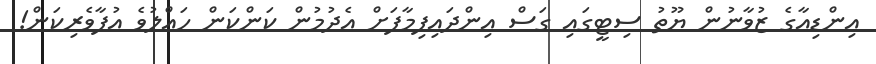
އިންޑިއާގެ ޒުވާނުން ޔޫތު ސިޓީގައި ގަސް އިންދައިފިމާފަށް އެދުމުން ކަންކަން ހައްލުވެ އުފާވެރިކަން!